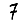
Digit: 7